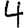
Digit: 4